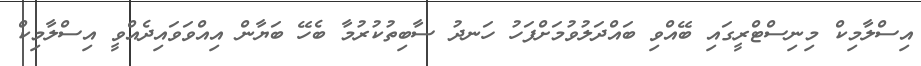
އިސްލާމިކް މިނިސްޓްރީގައި ބޭއްވި ބައްދަލުވުމަށްފަހު ހަނދު ސާބިތުކުރުމާ ބެހޭ ބަޔާން އިއްވަވައިދެއްވީ އިސްލާމިކް